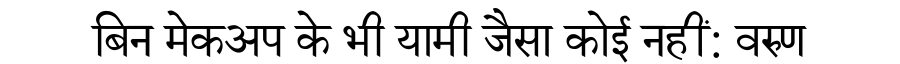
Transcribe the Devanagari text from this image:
बिन मेकअप के भी यामी जैसा कोई नहीं: वरुण